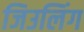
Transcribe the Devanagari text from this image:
जिउलिंग